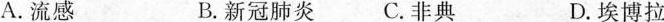
A. 流感 B. 新冠肺炎 C. 非典 D. 埃博拉